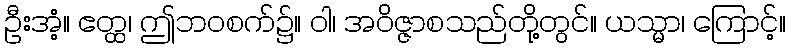
ဦးအံ့။ ဧတ္ထ၊ ဤဘဝစက်၌။ ဝါ၊ အဝိဇ္ဇာစသည်တို့တွင်။ ယသ္မာ၊ ကြောင့်။